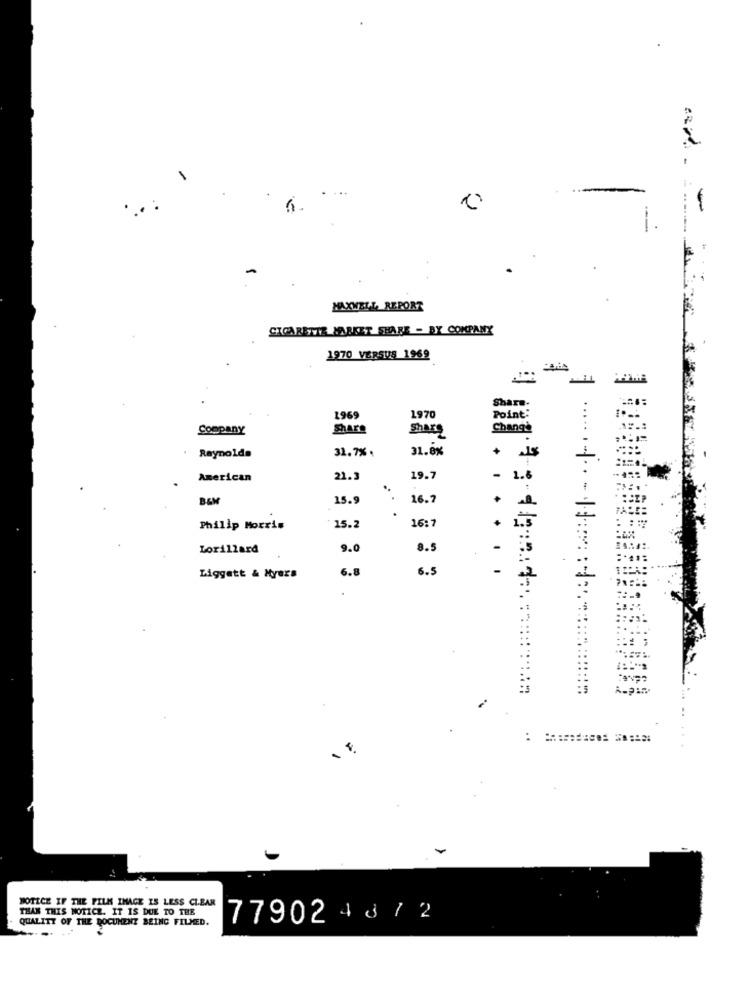
---
-
--
MAXWELL, REPORT
CIGARETTE MARKET SHARE - BY COMPANY
1970 VERSUS 1969
Share.
...
1969
1970
Point:
Company
Share
Share
Chang'
31.7%.
31.8%
+
Reynolds
1
American
21.3
19.7
1.6
B&M
15.9
..
16.7
16:7
Philip Morris
15.2
1.3
Lorillard
9.0
8.5
-
6.8
6.5
Liggett & Myers
À.pin
: ====== ===
NOTICE IF THE FILK IMAGE IS LESS CLEAR
THAN THIS NOTICE. IT IS DUE TO THE
QUALITY OF THE DOCUMENT BEING FILMED.
77902 4 3 / 2